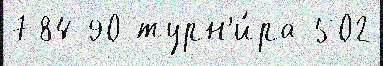
784 90 турн'и́ра 502